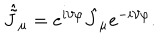
\hat { \tilde { J } } _ { \mu } = e ^ { i \vartheta \varphi } \hat { J } _ { \mu } e ^ { - i \vartheta \varphi } .